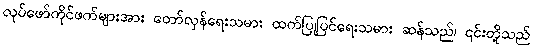
လုပ်ဖော်ကိုင်ဖက်များအား တော်လှန်ရေးသမား ထက်ပြုပြင်ရေးသမား ဆန်သည်၊ ၎င်းတို့သည်